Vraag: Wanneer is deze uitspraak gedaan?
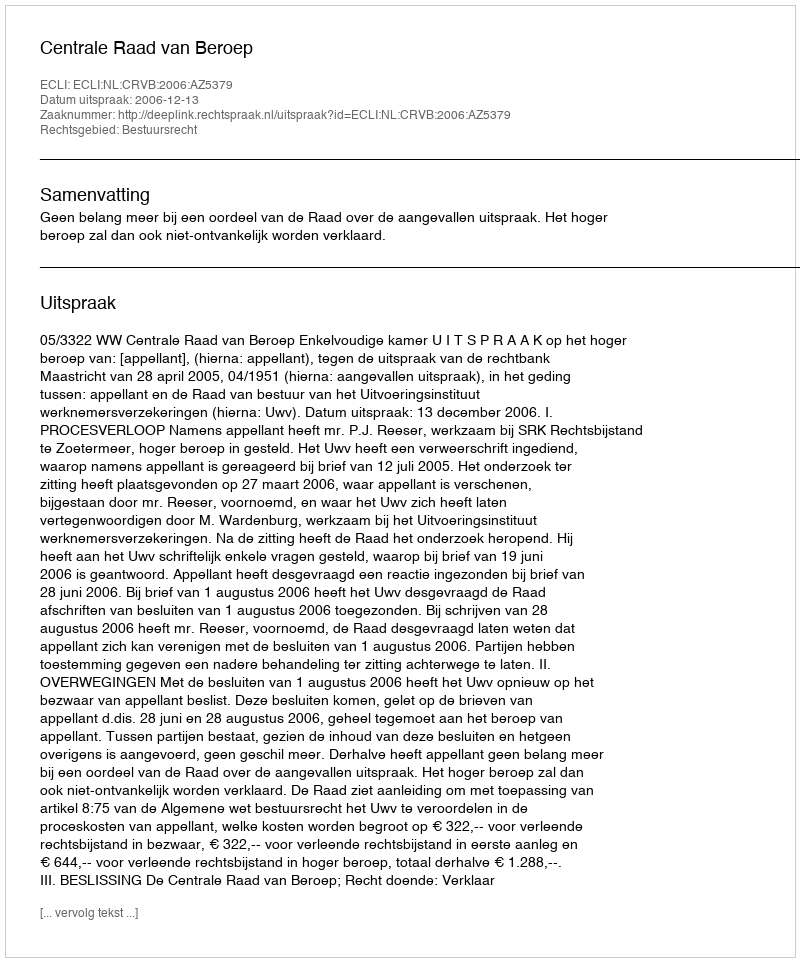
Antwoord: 2006-12-13